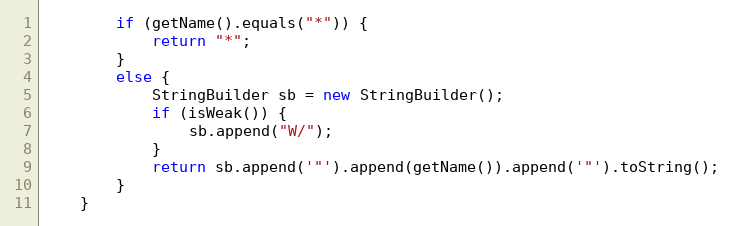
Language: Java
        if (getName().equals("*")) {
            return "*";
        }
        else {
            StringBuilder sb = new StringBuilder();
            if (isWeak()) {
                sb.append("W/");
            }
            return sb.append('"').append(getName()).append('"').toString();
        }
    }